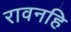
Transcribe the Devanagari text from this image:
रावनहि